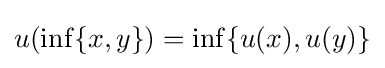
u(\inf\{x,y\})=\inf\{u(x),u(y)\}